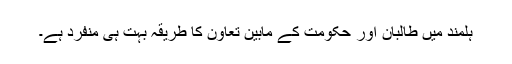
ہلمند میں طالبان اور حکومت کے مابین تعاون کا طریقہ بہت ہی منفرد ہے۔